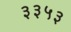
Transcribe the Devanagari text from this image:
३३५३